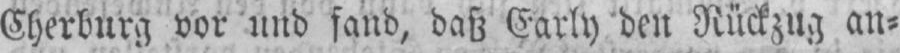
Cherburg vor und fand, daß Early den Rückzug an⸗